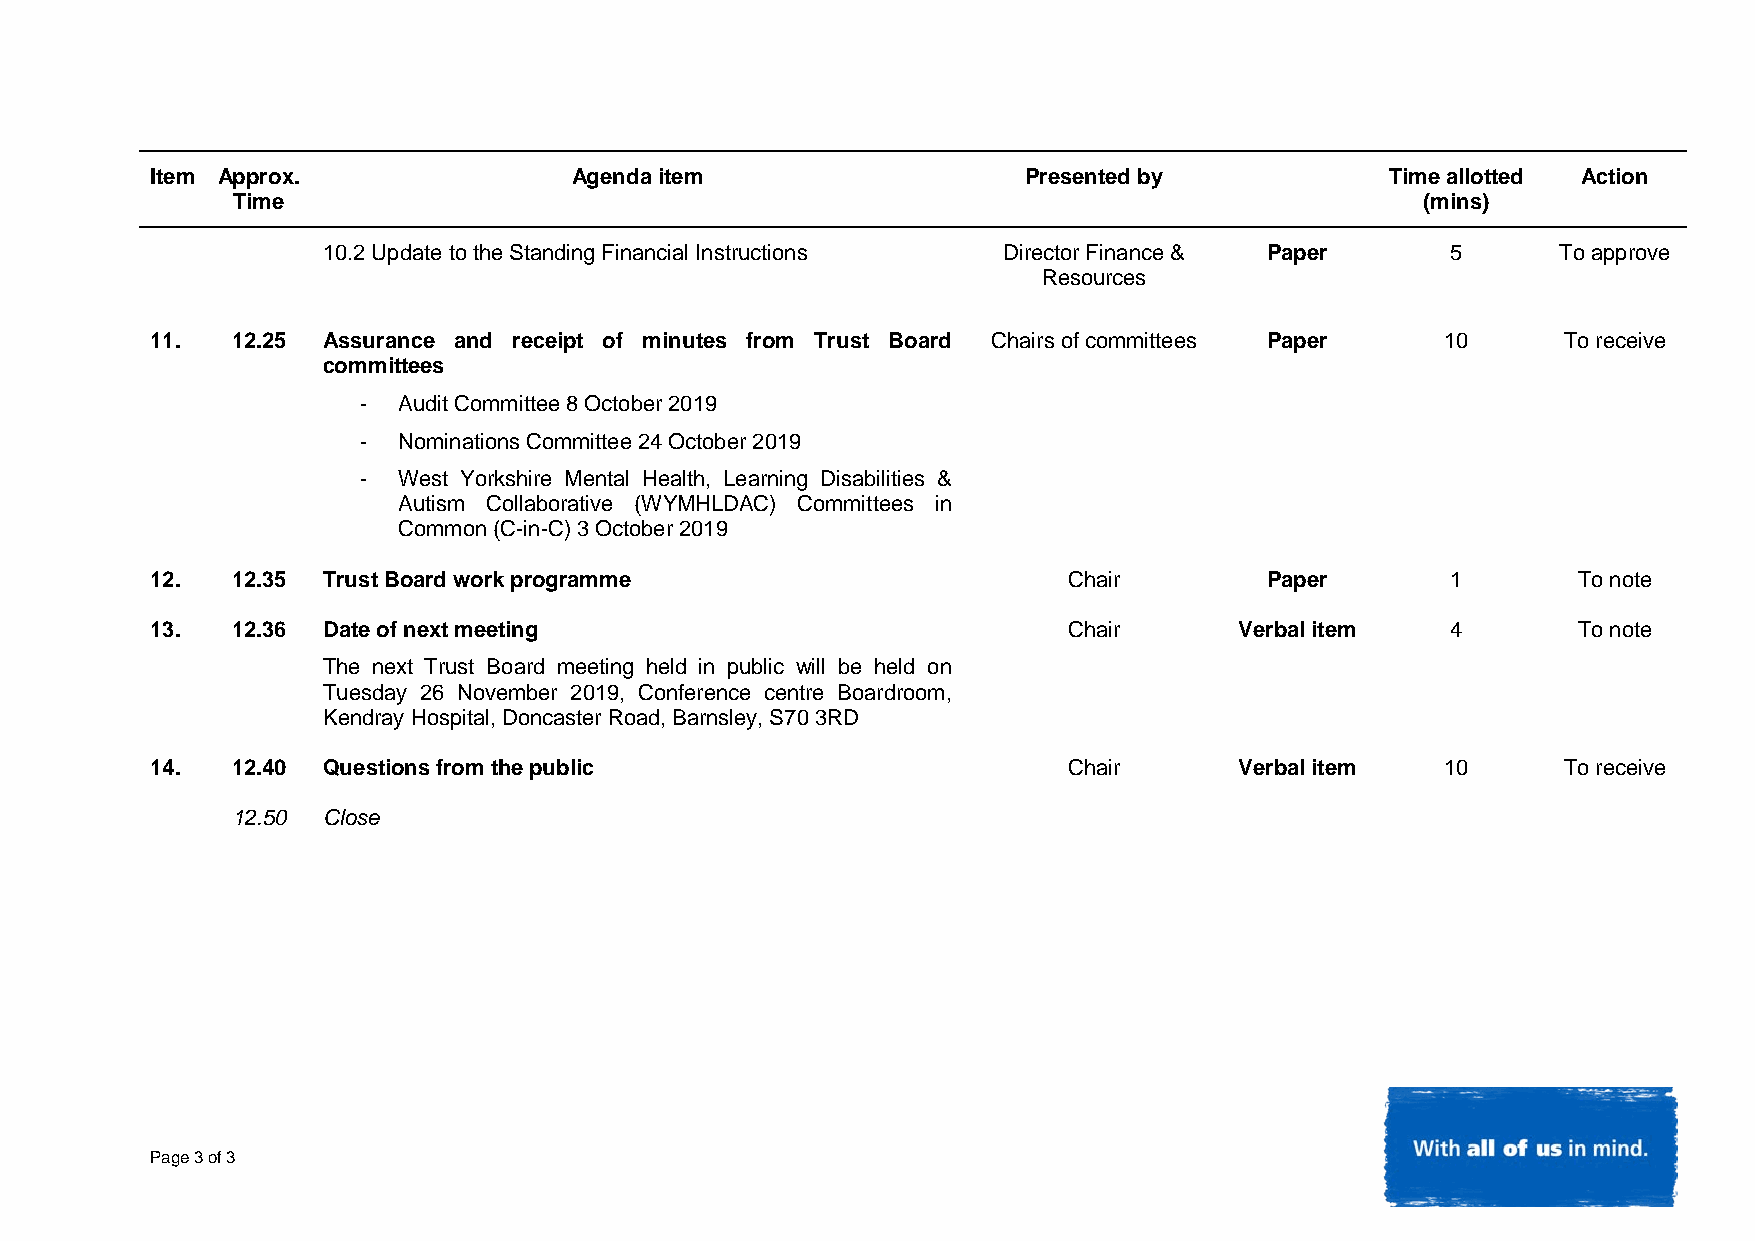
Item Approx.                Agenda item                   Presented by            Time allotted Action
 Time                                                                           (mins)
 10.2 Update to the Standing Financial Instructions Director Finance & Paper 5     To approve
 Resources
 11.  12.25 Assurance and receipt of minutes from Trust Board Chairs of committees Paper 10   To receive
 committees
 - Audit Committee 8 October 2019
 - Nominations Committee 24 October 2019
 - West Yorkshire Mental Health, Learning Disabilities &
 Autism Collaborative (WYMHLDAC) Committees in
 Common (C-in-C) 3 October 2019
 12.  12.35 Trust Board work programme                        Chair        Paper       1       To note
 13.  12.36 Date of next meeting                              Chair      Verbal item   4       To note
 The next Trust Board meeting held in public will be held on
 Tuesday 26 November 2019, Conference centre Boardroom,
 Kendray Hospital, Doncaster Road, Barnsley, S70 3RD
 14.  12.40 Questions from the public                         Chair      Verbal item   10     To receive
 12.50 Close
 Page 3 of 3